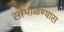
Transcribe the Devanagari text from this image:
सांभाळण्‍यास